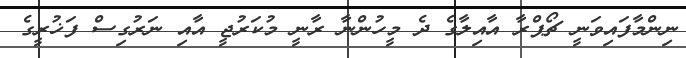
ނިންމާފައިވަނީ ޗޯޕްރާ އާއިލާގެ ދެ މީހުންނާ ރާނީ މުކަރުޖީ އާއި ނަރުގިސް ފަޚުރީގެ